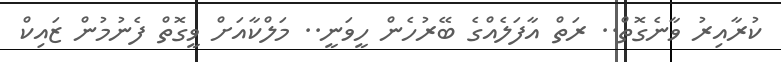
ކުރާއިރު ވާނެގޮތް.. ރަތް އާފަލެއްގެ ބޭރުހެން ހީވަނީ.. މަލްކާއަށް ވީގޮތް ފެނުމުން ޒައިކް